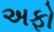
અફો